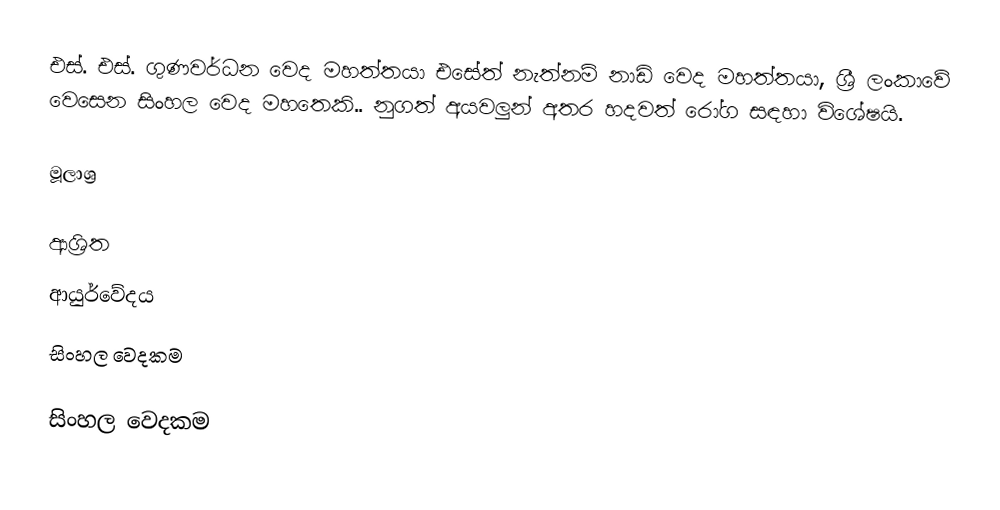
එස්. එස්. ගුණවර්ධන වෙද මහත්තයා එසේත් නැත්නම් නාඩි වෙද මහත්තයා, ශ්‍රී ලංකාවේ වෙසෙන සිංහල වෙද මහතෙකි.. නුගත් අයවලුන්    අතර හදවත් රෝග සඳහා විශේෂයි.

මූලාශ්‍ර

ආශ්‍රිත
 ආයුර්වේදය
 සිංහල වෙදකම

සිංහල වෙදකම